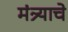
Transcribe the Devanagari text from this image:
मंत्र्याचे